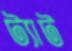
ট্যাট